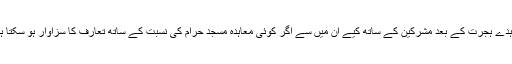
آنحضرت صلی اللہ علیہ وسلم نے جتنے بھی معاہدے ہجرت کے بعد مشرکین کے ساتھ کیے ان میں سے اگر کوئی معاہدہ مسجد حرام کی نسبت کے ساتھ تعارف کا سزاوار ہو سکتا ہے تو وہ صرف حدیبیہ کا معاہدہ ہی ہو سکتا ہے۔